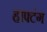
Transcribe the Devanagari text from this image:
हाफ्टंग